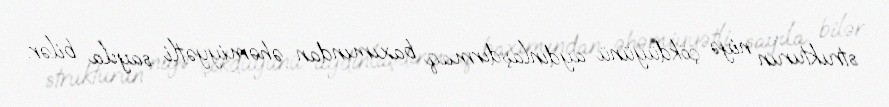
strukturun niyə çökdüyünü aydınlaşdırmaq baxımından əhəmiyyətli sayıla bilər.